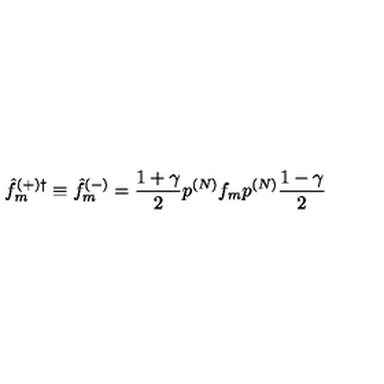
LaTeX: { \hat { f } } _ { m } ^ { ( + ) \dagger } \equiv { \hat { f } } _ { m } ^ { ( - ) } = \frac { 1 + { \gamma } } { 2 } p ^ { ( N ) } f _ { m } p ^ { ( N ) } \frac { 1 - { \gamma } } { 2 }